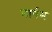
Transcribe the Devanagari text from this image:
मार्गम